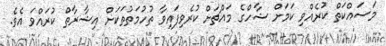
މަސައްކަތް ކުރެއްވި ކަމަށް ޝާހްގެ މައްޗަށް ކުރެވިފައިވާ ތުހުމަތުތަކަށް އިޝާރާތް ކުރައްވަ އެވެ.